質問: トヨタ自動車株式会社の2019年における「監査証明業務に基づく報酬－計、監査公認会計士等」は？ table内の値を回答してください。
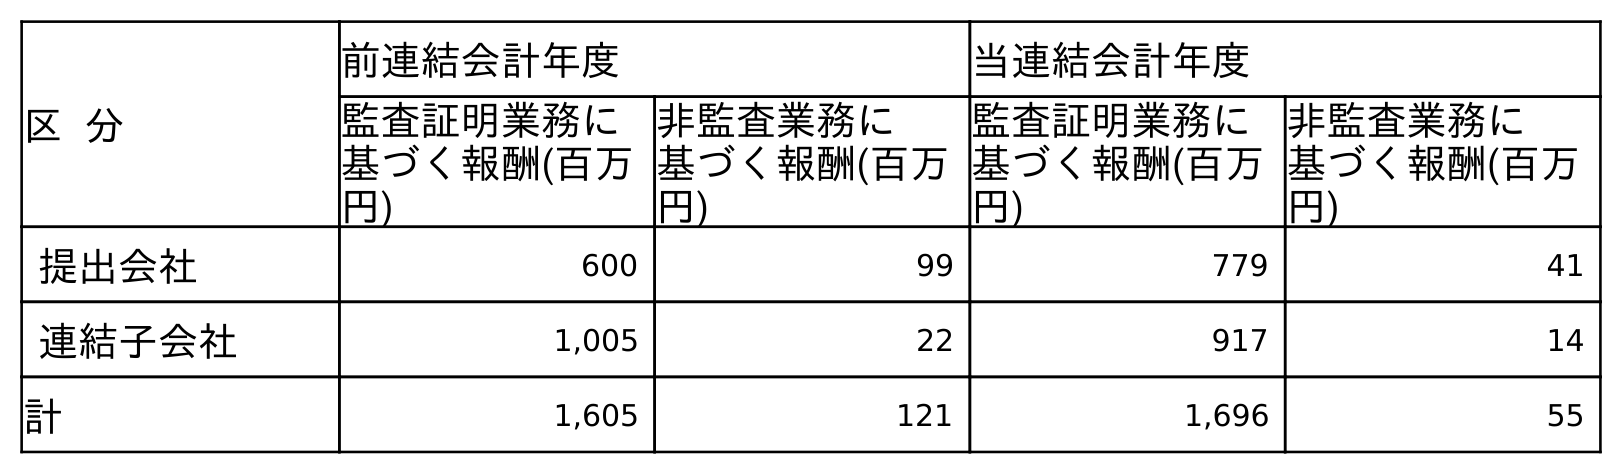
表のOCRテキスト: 区 分 前連結会計年度 当連結会計年度 監査証明業務に 基づく報酬(百万 円) 非監査業務に 基づく報酬(百万 円) 監査証明業務に 基づく報酬(百万 円) 非監査業務に 基づく報酬(百万 円) 提出会社 600 99 779 41 連結子会社 1,005 22 917 14 計 1,605 121 1,696 55
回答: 1,605